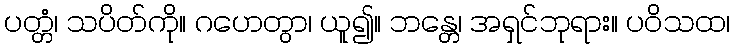
ပတ္တံ၊ သပိတ်ကို။ ဂဟေတွာ၊ ယူ၍။ ဘန္တေ၊ အရှင်ဘုရား။ ပဝိသထ၊